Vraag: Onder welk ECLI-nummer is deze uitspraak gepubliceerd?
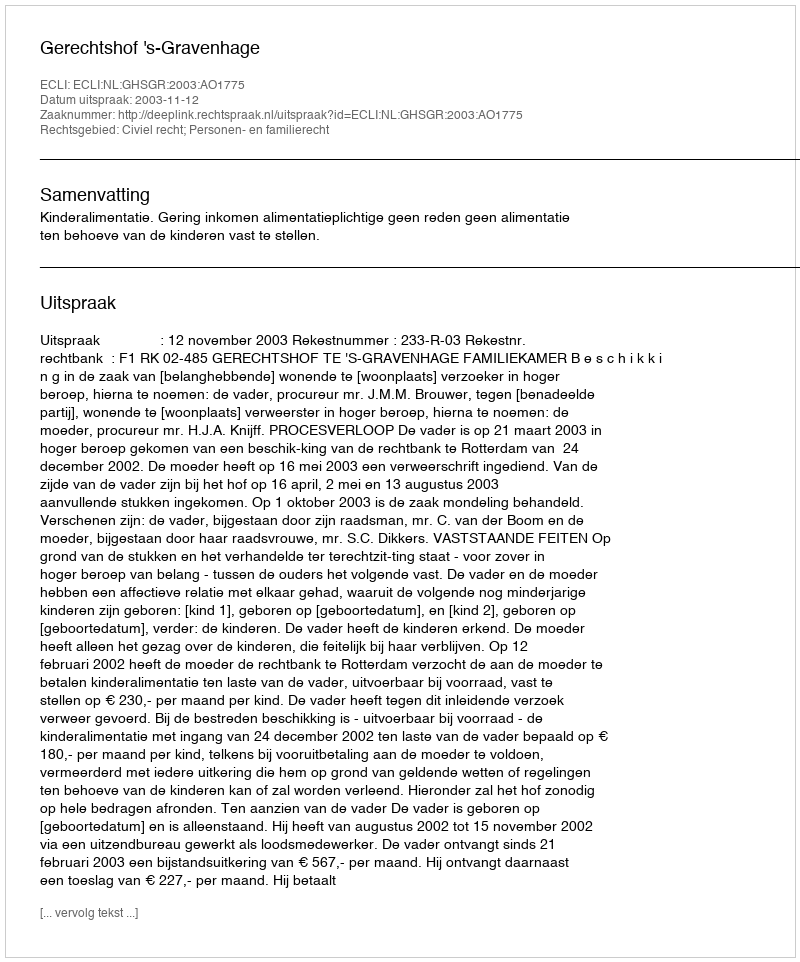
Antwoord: ECLI:NL:GHSGR:2003:AO1775